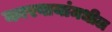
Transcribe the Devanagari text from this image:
कारवायांमधील